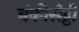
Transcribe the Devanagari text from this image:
बंकीसेट्टी